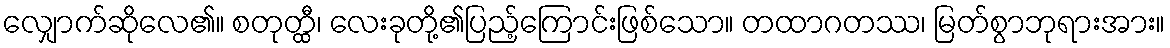
လျှောက်ဆိုလေ၏။ စတုတ္ထီ၊ လေးခုတို့၏ပြည့်ကြောင်းဖြစ်သော။ တထာဂတဿ၊ မြတ်စွာဘုရားအား။